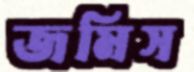
জমিস